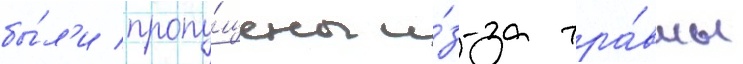
бы́л'и пропу́щены и́з-за тра́вмы